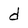
Character: d